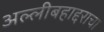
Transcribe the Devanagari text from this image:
अल्लीबहाद्दराचा